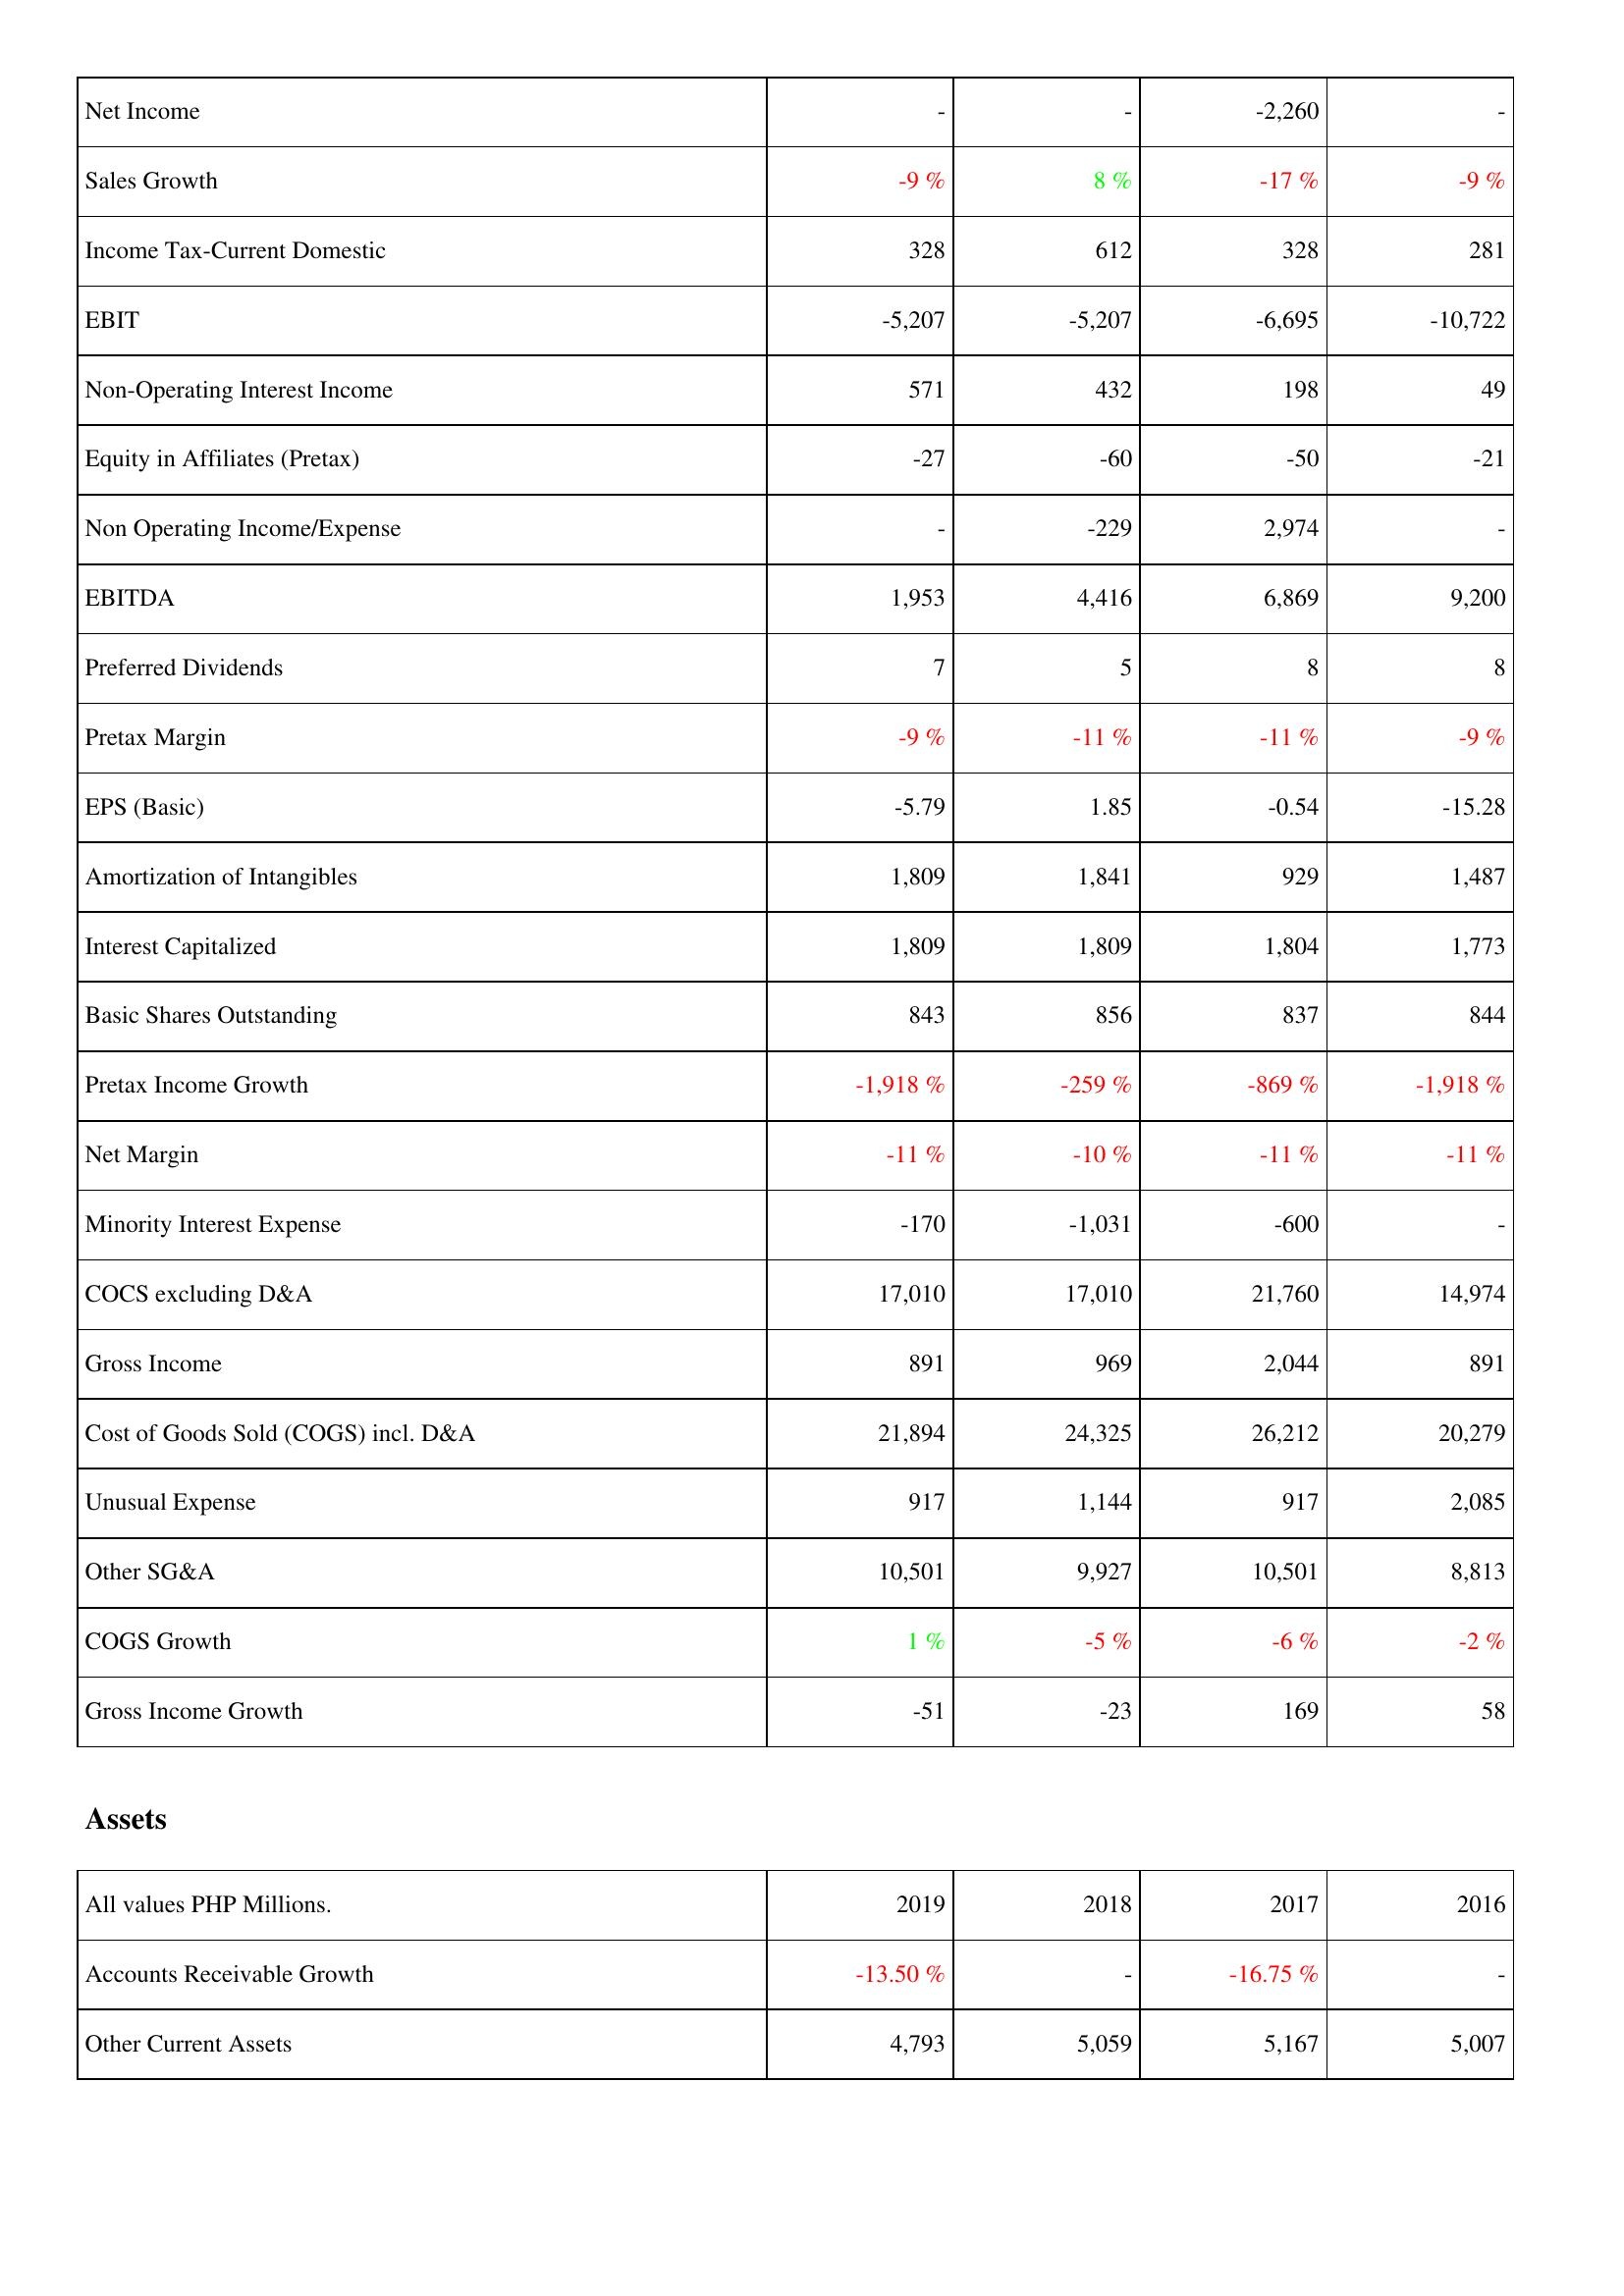
2019: Income Statement: Net Income: -
Sales Growth: -9 %
Income Tax-Current Domestic: 328
EBIT: -5,207
Non-Operating Interest Income: 571
Equity in Affiliates (Pretax): -27
Non Operating Income/Expense: -
EBITDA: 1,953
Preferred Dividends: 7
Pretax Margin: -9 %
EPS (Basic): -5.79
Amortization of Intangibles: 1,809
Interest Capitalized: 1,809
Basic Shares Outstanding: 843
Pretax Income Growth: -1,918 %
Net Margin: -11 %
Minority Interest Expense: -170
COCS excluding D&A: 17,010
Gross Income: 891
Cost of Goods Sold (COGS) incl. D&A: 21,894
Unusual Expense: 917
Other SG&A: 10,501
COGS Growth: 1 %
Gross Income Growth: -51
Assets: Accounts Receivable Growth: -13.50 %
Other Current Assets: 4,793
2018: Income Statement: Net Income: -
Sales Growth: 8 %
Income Tax-Current Domestic: 612
EBIT: -5,207
Non-Operating Interest Income: 432
Equity in Affiliates (Pretax): -60
Non Operating Income/Expense: -229
EBITDA: 4,416
Preferred Dividends: 5
Pretax Margin: -11 %
EPS (Basic): 1.85
Amortization of Intangibles: 1,841
Interest Capitalized: 1,809
Basic Shares Outstanding: 856
Pretax Income Growth: -259 %
Net Margin: -10 %
Minority Interest Expense: -1,031
COCS excluding D&A: 17,010
Gross Income: 969
Cost of Goods Sold (COGS) incl. D&A: 24,325
Unusual Expense: 1,144
Other SG&A: 9,927
COGS Growth: -5 %
Gross Income Growth: -23
Assets: Accounts Receivable Growth: -
Other Current Assets: 5,059
2017: Income Statement: Net Income: -2,260
Sales Growth: -17 %
Income Tax-Current Domestic: 328
EBIT: -6,695
Non-Operating Interest Income: 198
Equity in Affiliates (Pretax): -50
Non Operating Income/Expense: 2,974
EBITDA: 6,869
Preferred Dividends: 8
Pretax Margin: -11 %
EPS (Basic): -0.54
Amortization of Intangibles: 929
Interest Capitalized: 1,804
Basic Shares Outstanding: 837
Pretax Income Growth: -869 %
Net Margin: -11 %
Minority Interest Expense: -600
COCS excluding D&A: 21,760
Gross Income: 2,044
Cost of Goods Sold (COGS) incl. D&A: 26,212
Unusual Expense: 917
Other SG&A: 10,501
COGS Growth: -6 %
Gross Income Growth: 169
Assets: Accounts Receivable Growth: -16.75 %
Other Current Assets: 5,167
2016: Income Statement: Net Income: -
Sales Growth: -9 %
Income Tax-Current Domestic: 281
EBIT: -10,722
Non-Operating Interest Income: 49
Equity in Affiliates (Pretax): -21
Non Operating Income/Expense: -
EBITDA: 9,200
Preferred Dividends: 8
Pretax Margin: -9 %
EPS (Basic): -15.28
Amortization of Intangibles: 1,487
Interest Capitalized: 1,773
Basic Shares Outstanding: 844
Pretax Income Growth: -1,918 %
Net Margin: -11 %
Minority Interest Expense: -
COCS excluding D&A: 14,974
Gross Income: 891
Cost of Goods Sold (COGS) incl. D&A: 20,279
Unusual Expense: 2,085
Other SG&A: 8,813
COGS Growth: -2 %
Gross Income Growth: 58
Assets: Accounts Receivable Growth: -
Other Current Assets: 5,007